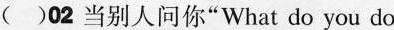
( )02 当别人问你"What do you do